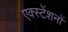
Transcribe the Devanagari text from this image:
एक्स्टेंशनों